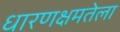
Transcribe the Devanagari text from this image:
धारणक्षमतेला